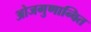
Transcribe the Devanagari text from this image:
ओजगुणान्वित